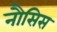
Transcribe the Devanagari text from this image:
नौसिस